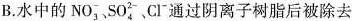
B.水中的N O _{3 } ^ { - }、S O _{ 4} ^ { 2- }、C l _{ } ^ { - }通过阴离子树脂后被除去